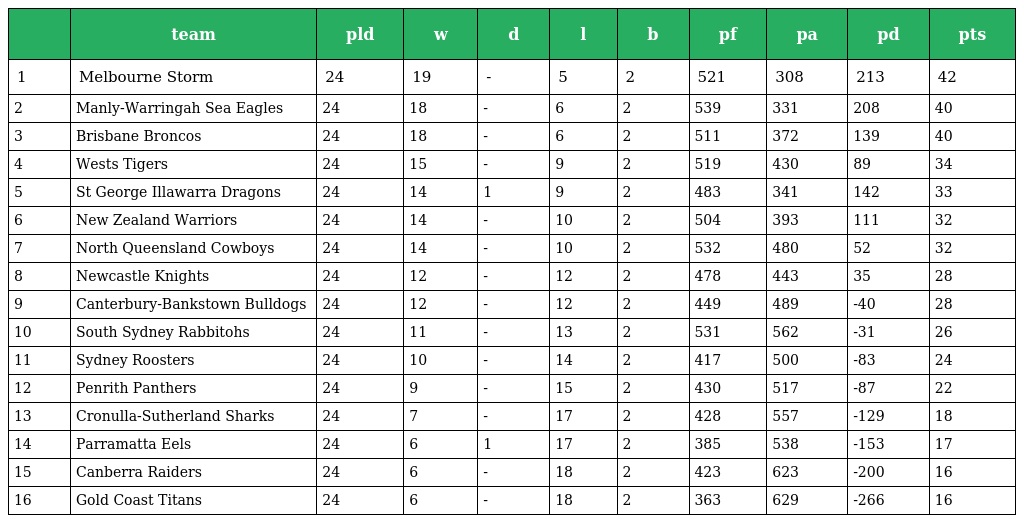
|  | team | pld | w | d | l | b | pf | pa | pd | pts |
 | --- | --- | --- | --- | --- | --- | --- | --- | --- | --- | --- |
 | 1 | Melbourne Storm | 24 | 19 | - | 5 | 2 | 521 | 308 | 213 | 42 |
 | 2 | Manly-Warringah Sea Eagles | 24 | 18 | - | 6 | 2 | 539 | 331 | 208 | 40 |
 | 3 | Brisbane Broncos | 24 | 18 | - | 6 | 2 | 511 | 372 | 139 | 40 |
 | 4 | Wests Tigers | 24 | 15 | - | 9 | 2 | 519 | 430 | 89 | 34 |
 | 5 | St George Illawarra Dragons | 24 | 14 | 1 | 9 | 2 | 483 | 341 | 142 | 33 |
 | 6 | New Zealand Warriors | 24 | 14 | - | 10 | 2 | 504 | 393 | 111 | 32 |
 | 7 | North Queensland Cowboys | 24 | 14 | - | 10 | 2 | 532 | 480 | 52 | 32 |
 | 8 | Newcastle Knights | 24 | 12 | - | 12 | 2 | 478 | 443 | 35 | 28 |
 | 9 | Canterbury-Bankstown Bulldogs | 24 | 12 | - | 12 | 2 | 449 | 489 | -40 | 28 |
 | 10 | South Sydney Rabbitohs | 24 | 11 | - | 13 | 2 | 531 | 562 | -31 | 26 |
 | 11 | Sydney Roosters | 24 | 10 | - | 14 | 2 | 417 | 500 | -83 | 24 |
 | 12 | Penrith Panthers | 24 | 9 | - | 15 | 2 | 430 | 517 | -87 | 22 |
 | 13 | Cronulla-Sutherland Sharks | 24 | 7 | - | 17 | 2 | 428 | 557 | -129 | 18 |
 | 14 | Parramatta Eels | 24 | 6 | 1 | 17 | 2 | 385 | 538 | -153 | 17 |
 | 15 | Canberra Raiders | 24 | 6 | - | 18 | 2 | 423 | 623 | -200 | 16 |
 | 16 | Gold Coast Titans | 24 | 6 | - | 18 | 2 | 363 | 629 | -266 | 16 |